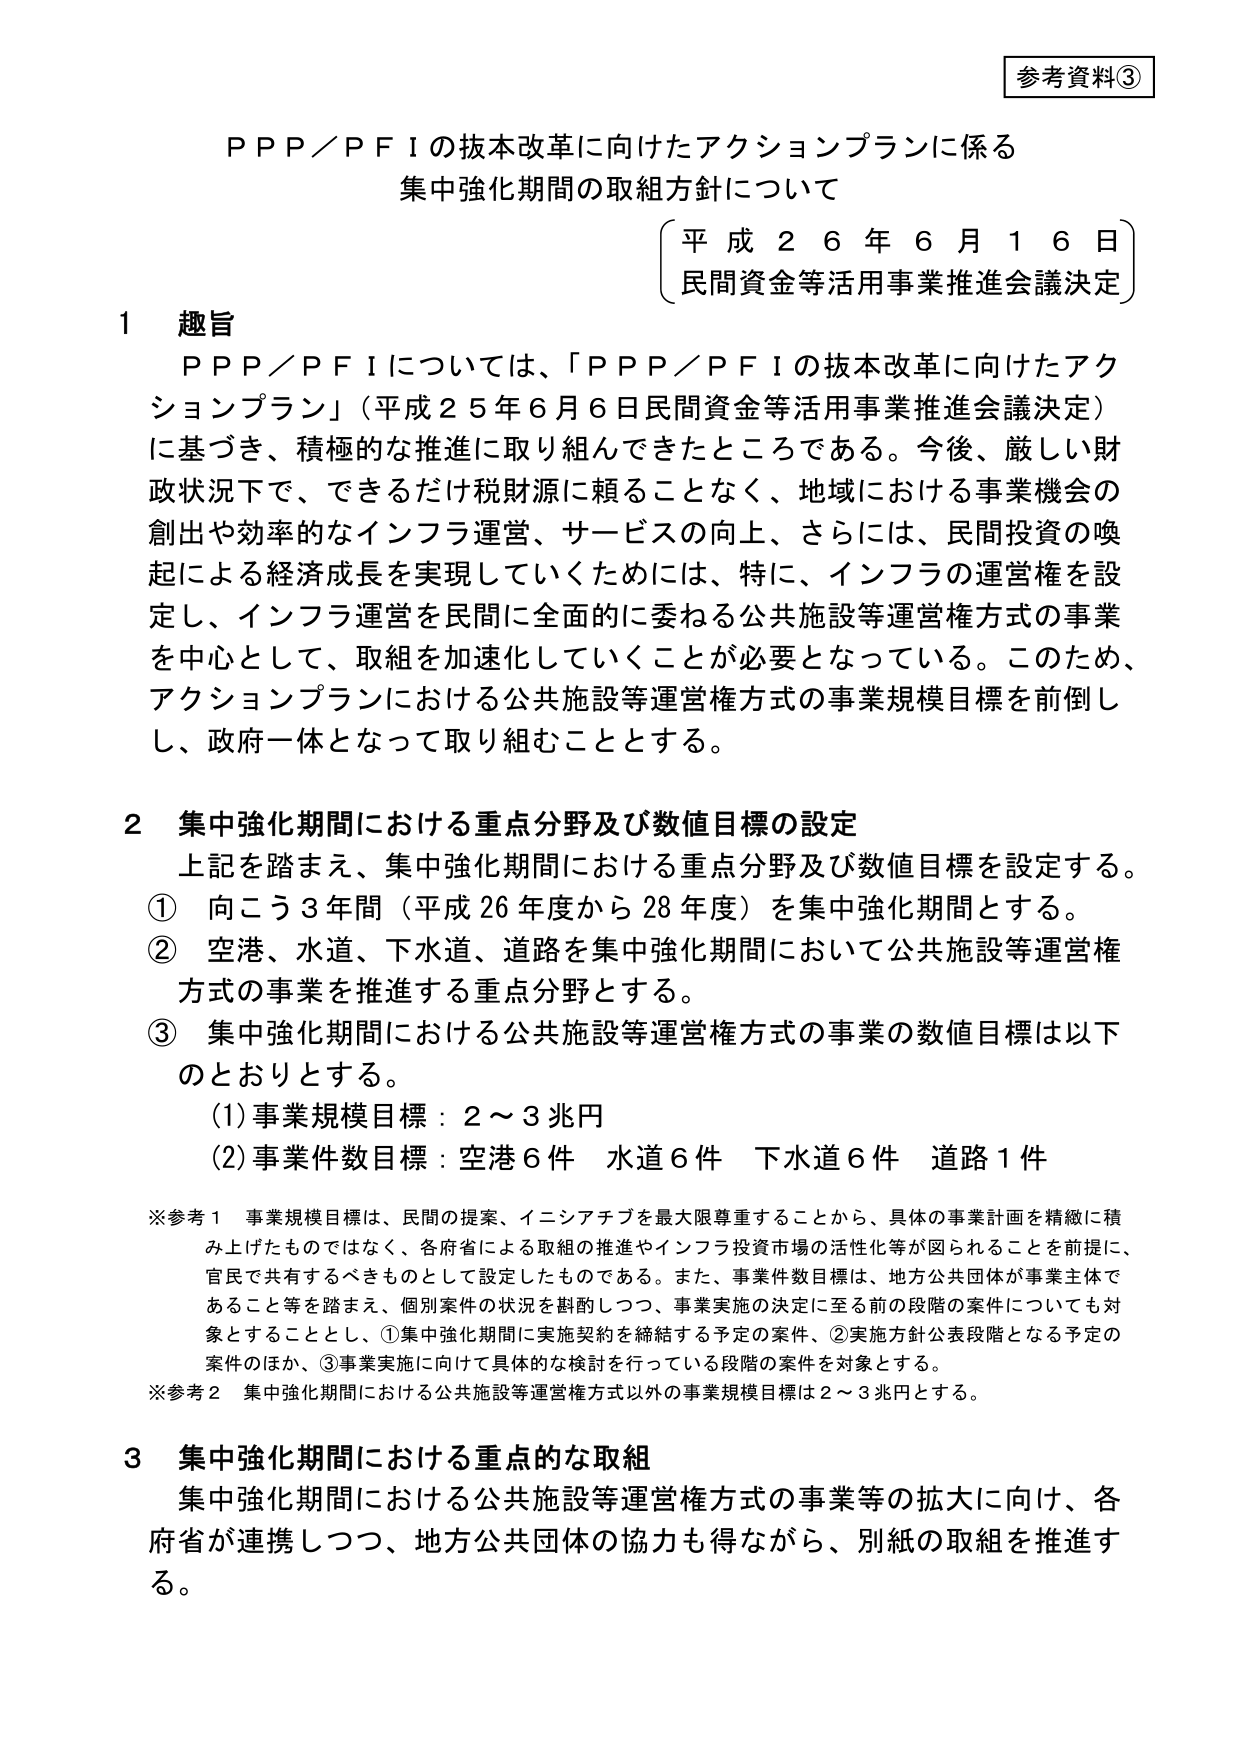
参考資料③

ＰＰＰ／ＰＦＩの抜本改革に向けたアクションプランに係る
集中強化期間の取組方針について

（平成２６年６月１６日）
民間資金等活用事業推進会議決定

１ 趣旨
ＰＰＰ／ＰＦＩについては、「ＰＰＰ／ＰＦＩの抜本改革に向けたアクションプラン」（平成２５年６月６日民間資金等活用事業推進会議決定）に基づき、積極的な推進に取り組んできたところである。今後、厳しい財政状況下で、できるだけ税財源に頼ることなく、地域における事業機会の創出や効率的なインフラ運営、サービスの向上、さらには、民間投資の喚起による経済成長を実現していくためには、特に、インフラの運営権を設定し、インフラ運営を民間に全面的に委ねる公共施設等運営権方式の事業を中心として、取組を加速化していくことが必要となっている。このため、アクションプランにおける公共施設等運営権方式の事業規模目標を前倒しし、政府一体となって取り組むこととする。

２ 集中強化期間における重点分野及び数値目標の設定
上記を踏まえ、集中強化期間における重点分野及び数値目標を設定する。
① 向こう３年間（平成２６年度から２８年度）を集中強化期間とする。
② 空港、水道、下水道、道路を集中強化期間において公共施設等運営権方式の事業を推進する重点分野とする。
③ 集中強化期間における公共施設等運営権方式の事業の数値目標は以下のとおりとする。
　(1) 事業規模目標：２～３兆円
　(2) 事業件数目標：空港６件　水道６件　下水道６件　道路１件

※参考１ 事業規模目標は、民間の提案、イニシアチブを最大限尊重することから、具体的な事業計画を精緻に積み上げたものではなく、各府省による取組の推進やインフラ投資市場の活性化等が図られることを前提に、官民で共有するべきものとして設定したものである。また、事業件数目標は、地方公共団体が事業主体であること等を踏まえ、個別案件の状況を斟酌しつつ、事業実施の決定に至る前の段階の案件についても対象とすることとし、①集中強化期間に実施契約を締結する予定の案件、②実施方針公表段階となる予定の案件のほか、③事業実施に向けて具体的な検討を行っている段階の案件を対象とする。
※参考２ 集中強化期間における公共施設等運営権方式以外の事業規模目標は２～３兆円とする。

３ 集中強化期間における重点的な取組
集中強化期間における公共施設等運営権方式の事業等の拡大に向け、各府省が連携しつつ、地方公共団体の協力も得ながら、別紙の取組を推進する。